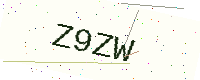
Text: Z9ZW